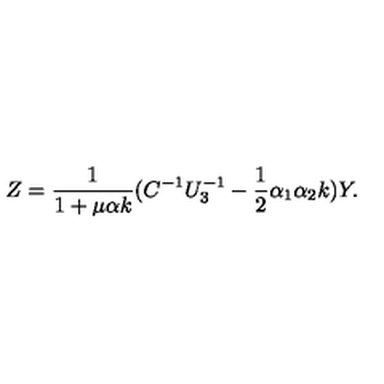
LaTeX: Z = { \frac { 1 } { 1 + \mu \alpha k } } ( C ^ { - 1 } U _ { 3 } ^ { - 1 } - { \frac { 1 } { 2 } } \alpha _ { 1 } \alpha _ { 2 } k ) Y .